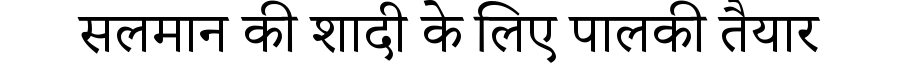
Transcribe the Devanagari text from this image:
सलमान की शादी के लिए पालकी तैयार